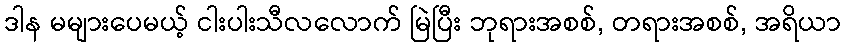
ဒါန မများပေမယ့် ငါးပါးသီလလောက် မြဲပြီး ဘုရားအစစ်, တရားအစစ်, အရိယာ